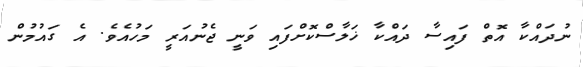
ނުދައްކާ އޮތް ފައިސާ ދައްކާ ޚަލާސްކޮށްފައި ވަނީ ޖެނުއަރީ މަހުއެވެ. އެ ގައުމުން